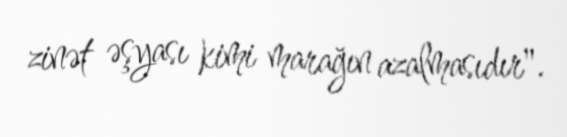
zinət əşyası kimi marağın azalmasıdır".